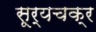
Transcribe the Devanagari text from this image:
सूर्यचक्र